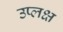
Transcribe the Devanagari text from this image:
उप्लक्ष